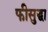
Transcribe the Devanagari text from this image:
फीसुद्धा